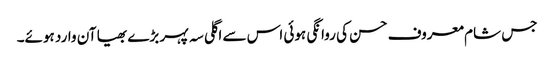
جس شام معروف حسن کی روانگی ہوئی اس سے اگلی سہ پہر بڑے بھیا آن وارد ہوئے۔